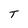
Character: T